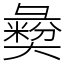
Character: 𢑱